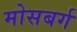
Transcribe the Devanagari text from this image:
मोसबर्ग